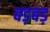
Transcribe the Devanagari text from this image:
बड़बड़